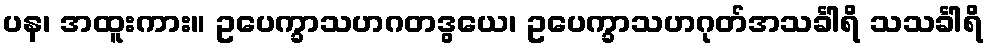
ပန၊ အထူးကား။ ဥပေက္ခာသဟဂတဒွယေ၊ ဥပေက္ခာသဟဂုတ်အသင်္ခါရိ သသင်္ခါရိ